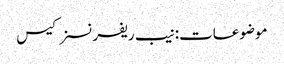
موضوعات:نیب ریفرنسز کیس